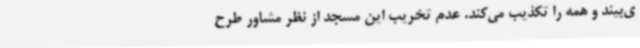
ی‌بیند و همه را تکذیب می‌کند. عدم تخریب این مسجد از نظر مشاور طرح